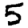
Digit: 5